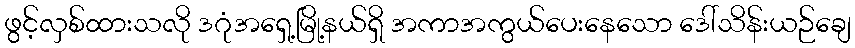
ဖွင့်လှစ်ထားသလို ဒဂုံအရှေ့မြို့နယ်ရှိ အကာအကွယ်ပေးနေသော ဒေါ်သိန်းယဉ်ချေ